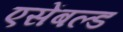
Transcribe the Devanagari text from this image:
एसेंबल्ड